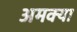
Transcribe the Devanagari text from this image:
अमक्या